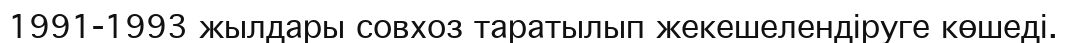
1991-1993 жылдары совхоз таратылып жекешелендіруге көшеді.